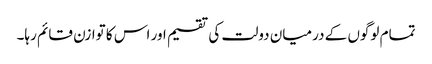
تمام لوگوں کے درمیان دولت کی تقسیم اور اس کا توازن قائم رہا۔